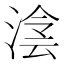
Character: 𣸮